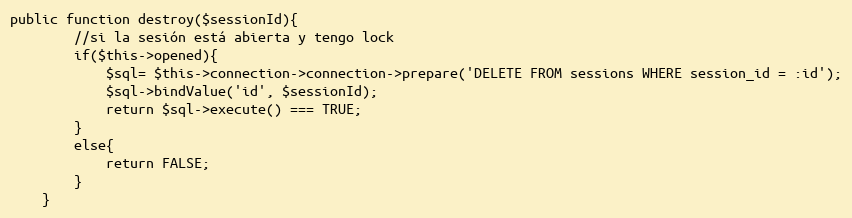
Language: PHP
public function destroy($sessionId){
        //si la sesión está abierta y tengo lock
        if($this->opened){
            $sql= $this->connection->connection->prepare('DELETE FROM sessions WHERE session_id = :id');
            $sql->bindValue('id', $sessionId);
            return $sql->execute() === TRUE;
        }
        else{
            return FALSE;
        }
    }